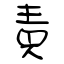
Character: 責